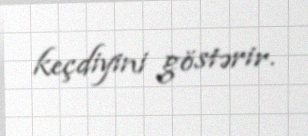
keçdiyini göstərir.